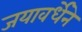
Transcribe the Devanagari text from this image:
जयावर्धेने